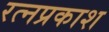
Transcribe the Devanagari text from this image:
रत्नप्रकाश